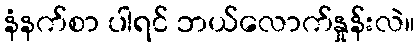
နံနက်စာ ပါရင် ဘယ်လောက်နှုန်းလဲ။